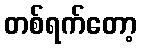
တစ်ရက်တော့